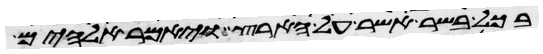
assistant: בכל בשר אשר על הארץ ויאמר אלהים